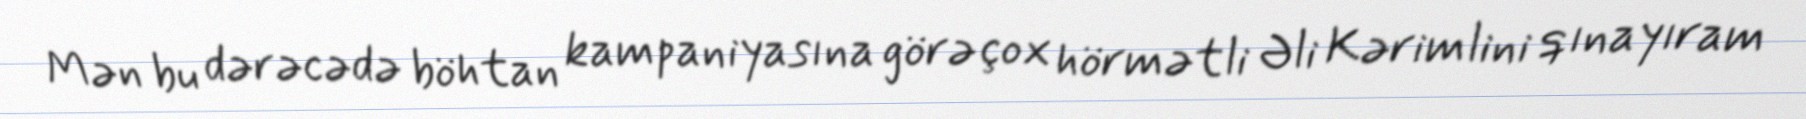
Mən bu dərəcədə böhtan kampaniyasına görə çox hörmətli Əli Kərimlini qınayıram